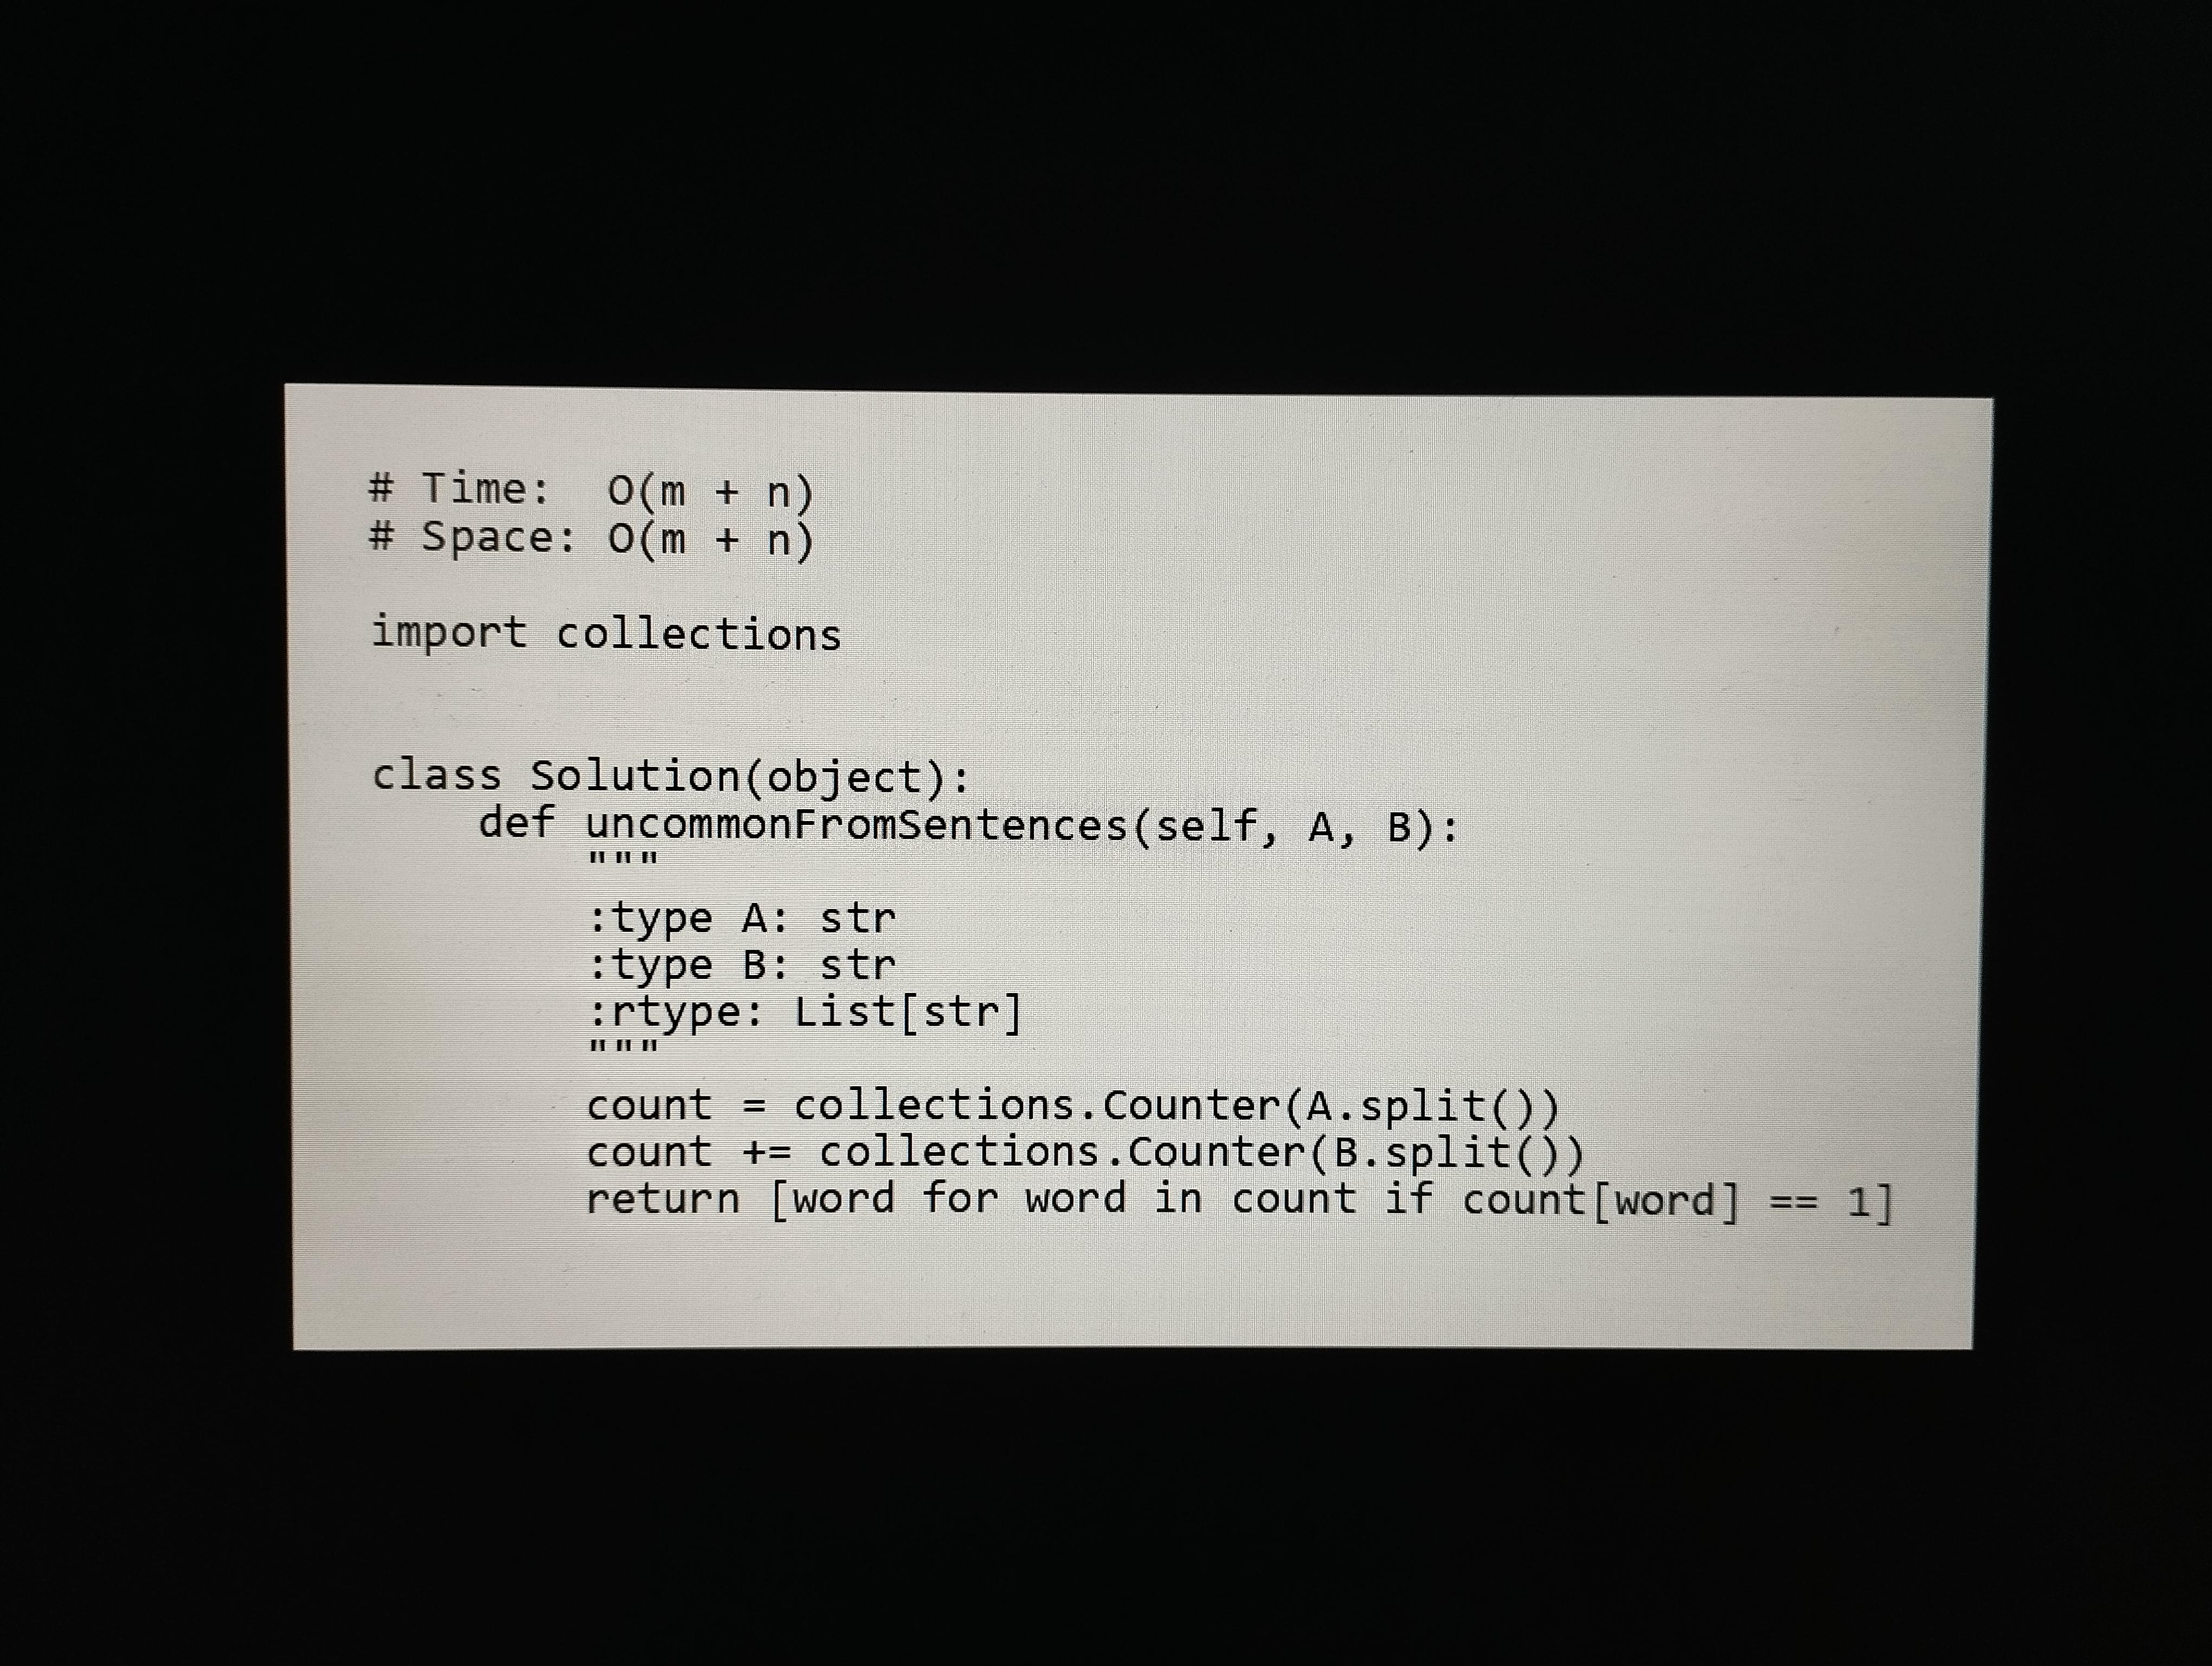
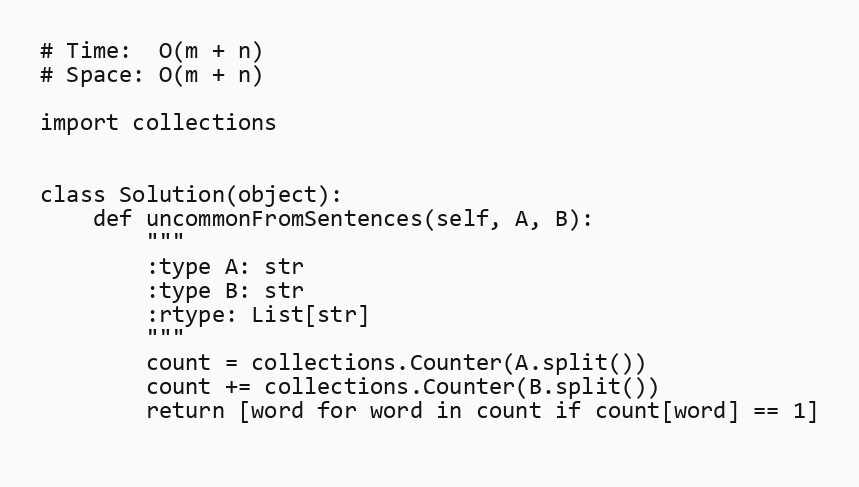
# Time:  O(m + n)
# Space: O(m + n)

import collections

class Solution(object):
    def uncommonFromSentences(self, A, B):
        """
        :type A: str
        :type B: str
        :rtype: List[str]
        """
        count = collections.Counter(A.split())
        count += collections.Counter(B.split())
        return [word for word in count if count[word] == 1]